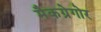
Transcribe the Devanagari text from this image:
मैकग्रेगोर